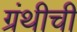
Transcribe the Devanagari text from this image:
ग्रंथीची